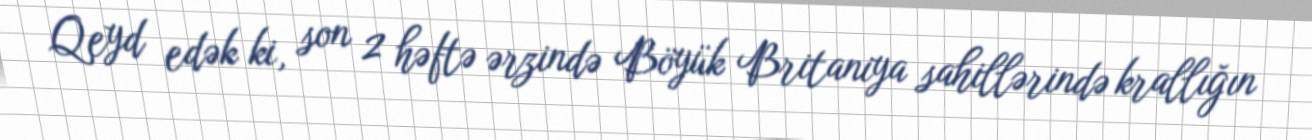
Qeyd edək ki, son 2 həftə ərzində Böyük Britaniya sahillərində krallığın